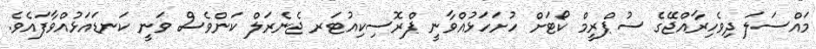
މައްސަލަ ދިވެހިރާއްޖޭގެ ސުޕްރީމް ކޯޓަށް ހުށަހަޅުއްވާނީ ޕްރޮސިކިއުޓަރ ޖެނެރަލް ކަންވެސް ވަނީ ކަނޑައަޅުއްވާފައެވެ.